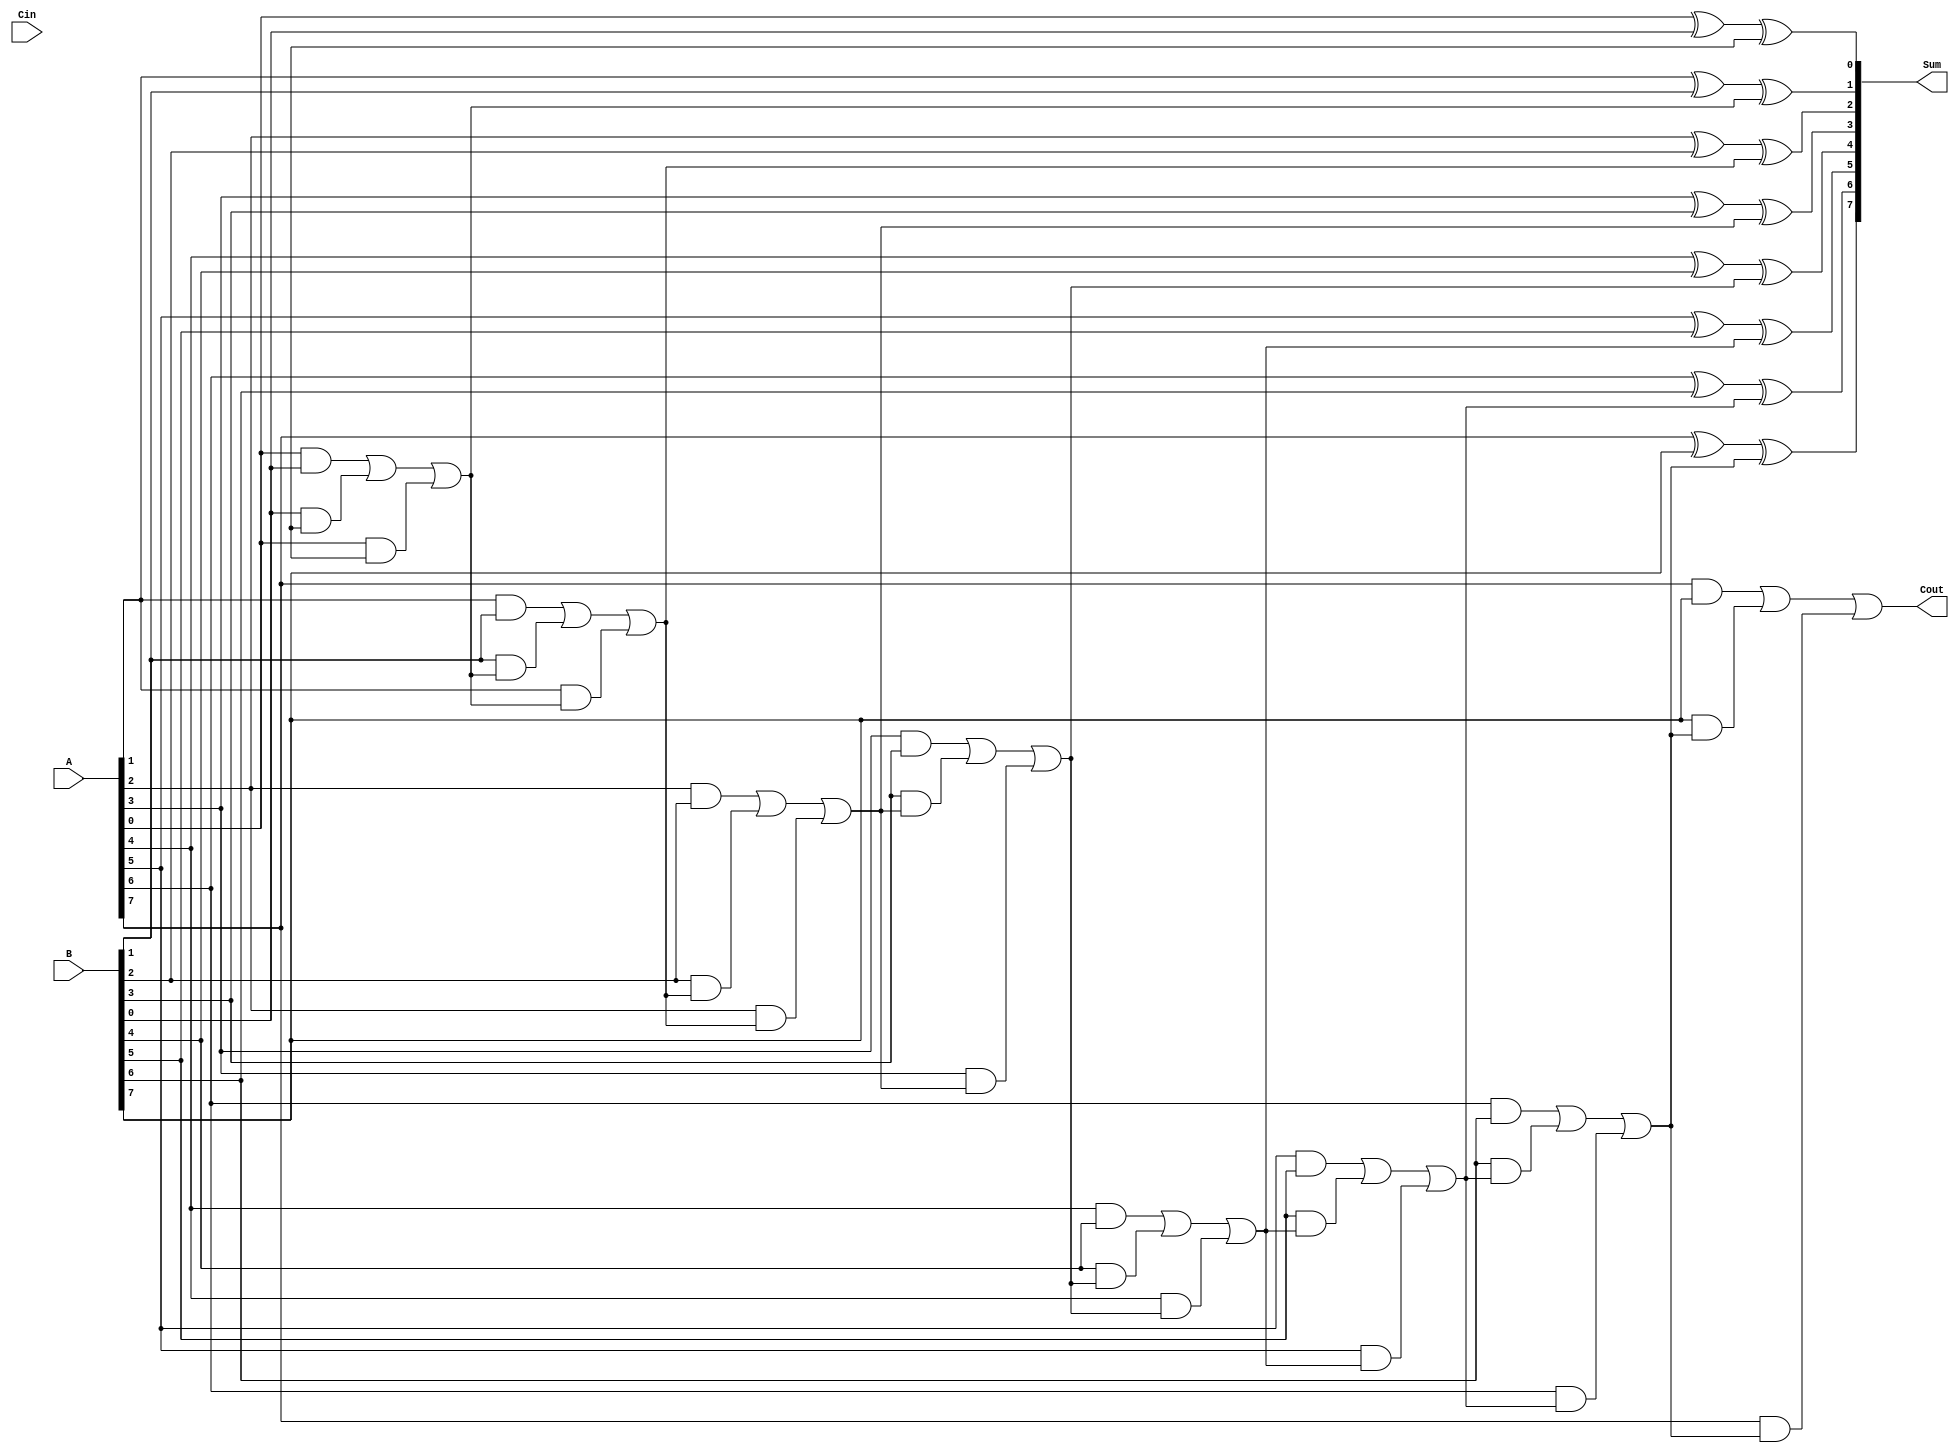
module kogge_stone_adder #(parameter WIDTH = 8)(
    input [WIDTH-1:0] A,
    input [WIDTH-1:0] B,
    input Cin,
    output [WIDTH:0] Sum,
    output Cout
);

wire [WIDTH:0] S;
wire [WIDTH:1] C;

generate
    genvar i;
    for (i = 0; i < WIDTH; i = i + 1) begin : stage
        assign S[i] = A[i] ^ B[i] ^ C[i];
        assign C[i+1] = (A[i] & B[i]) | (B[i] & C[i]) | (A[i] & C[i]);
    end
endgenerate

assign Sum = S;
assign Cout = C[WIDTH];

endmodule